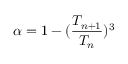
\alpha = 1 - ( \frac { T _ { n + 1 } } { T _ { n } } ) ^ { 3 }